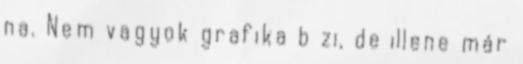
na. Nem vagyok grafika b zi, de illene már